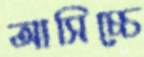
আসিচ্চে